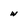
Character: w